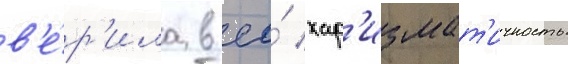
в'е́р'ила в ео́ хар'измат'ичность